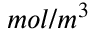
m o l / m ^ { 3 }